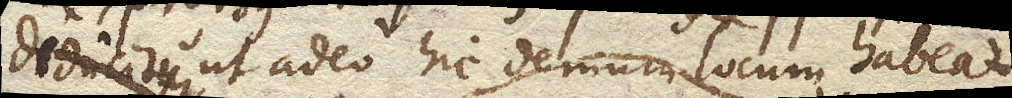
diducitur ut adeo hic demum locum habeat